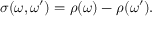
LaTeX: \sigma ( \omega , \omega ^ { \prime } ) = \rho ( \omega ) - \rho ( \omega ^ { \prime } ) .